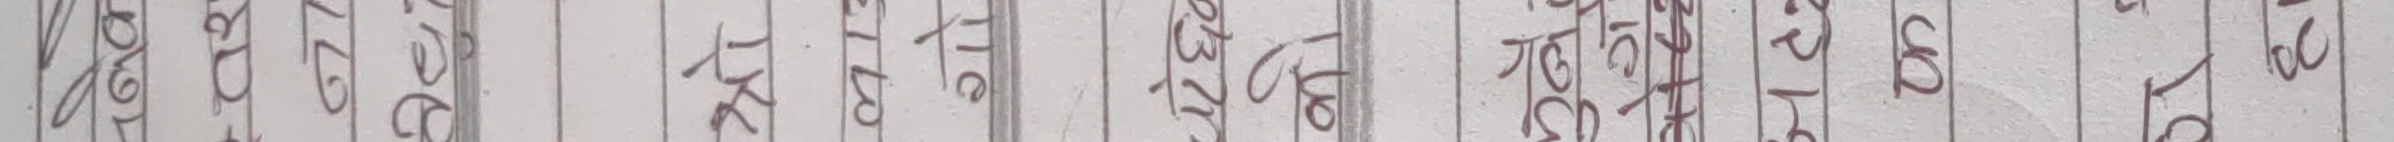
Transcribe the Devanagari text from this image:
मले त्यो नयाँ किताब गत वर्ष पढेको थिएँ